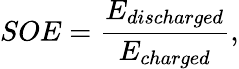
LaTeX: SOE=\frac{E_{discharged}}{E_{charged}},